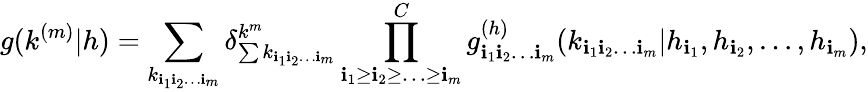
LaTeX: g(k^{(m)}|h)=\sum_{k_{\mathbf{i}_{1}\mathbf{i}_{2}\ldots\mathbf{i}_{m}}}\delta_{\sum{k_{\mathbf{i}_{1}\mathbf{i}_{2}\ldots\mathbf{i}_{m}}}}^{k^{m}}\prod_{\mathbf{i}_{1}\geq\mathbf{i}_{2}\geq\ldots\geq\mathbf{i}_{m}}^{C}g_{\mathbf{i}_{1}\mathbf{i}_{2}\ldots\mathbf{i}_{m}}^{(h)}(k_{\mathbf{i}_{1}\mathbf{i}_{2}\ldots\mathbf{i}_{m}}|h_{\mathbf{i}_{1}},h_{\mathbf{i}_{2}},\ldots,h_{\mathbf{i}_{m}}),